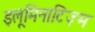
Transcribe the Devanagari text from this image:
इलूमिनाटिज़्म